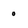
Character: 0